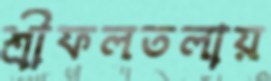
শ্রীফলতলায়